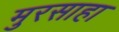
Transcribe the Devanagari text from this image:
मुरसाहा